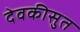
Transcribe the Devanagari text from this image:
देवकीसुत